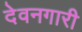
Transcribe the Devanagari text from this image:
देवनगारी